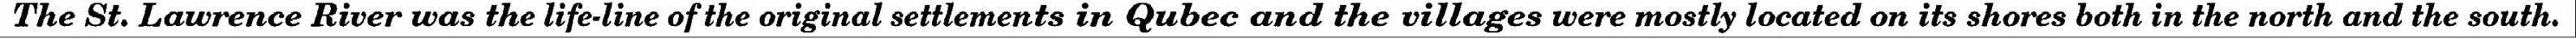
The St. Lawrence River was the life-line of the original settlements in Qubec and the villages were mostly located on its shores both in the north and the south.